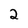
Character: 2